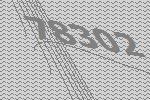
78302